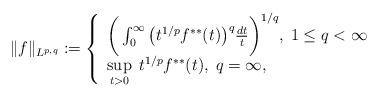
LaTeX: \begin{align*} \|f\|_{L^{p,q}}:= \left\{ \begin{array}{l} \bigg(\int_0^{\infty} \big(t^{1/p}f^{**}(t) \big)^{q}\frac{dt}{t}\bigg)^{1/q},\;1\leq q<\infty\\ \sup\limits_{t>0}\; t^{1/p}f^{**}(t), \;q=\infty, \end{array} \right. \end{align*}